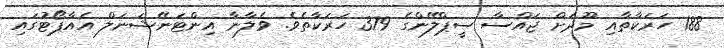
188 ހަރަކާތާއި މޫދަށް ޖައްސާ ސީޕްލޭންގެ 379 ހަރަކާތެވެ. ވެލާނާ އިންޓަނޭޝަނަލް އެއާޕޯޓުގައި